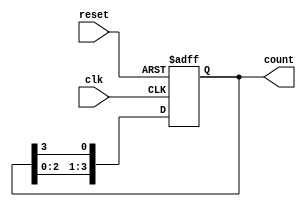
module ring_counter #(
    parameter N = 4  // Number of flip-flops (default to 4)
)(
    input clk,        // Clock signal
    input reset,      // Asynchronous reset signal
    output reg [N-1:0] count // Output representing the current state of the counter
);

// Initial state of the counter
initial begin
    count = 1'b1; // Only the first flip-flop is set to '1'
end

// Always block for the ring counter logic
always @(posedge clk or posedge reset) begin
    if (reset) begin
        count <= 1'b1; // Reset state: only the first flip-flop is '1' 
    end else begin
        // Shift the '1' around the ring
        count <= {count[N-2:0], count[N-1]}; // Shift left and wrap around
    end
end

endmodule